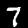
Label: 7